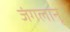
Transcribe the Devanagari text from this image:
जंगलानू